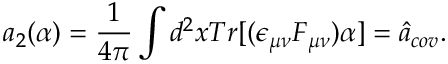
a _ { 2 } ( \alpha ) = \frac { 1 } { 4 \pi } \int d ^ { 2 } x T r [ ( \epsilon _ { \mu \nu } F _ { \mu \nu } ) \alpha ] = \hat { a } _ { c o v } .